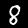
Label: 8